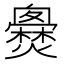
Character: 𤒐